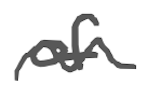
Text: of
Cross-out: wave
Writing tool: digital_gray